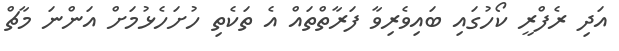
އަދި ރެފްރީ ކޯހުގައި ބައިވެރިވާ ފަރާތްތައް އެ ތަކެތި ހުށަހެޅުމަށް އަންނަ މާޗް